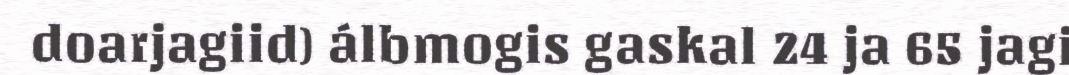
doarjagiid) álbmogis gaskal 24 ja 65 jagi